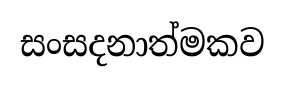
සංසදනාත්මකව